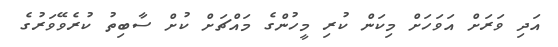
އަދި ވަރަށް އަވަހަށް މިކަން ކުރި މީހުންގެ މައްޗަށް ކުށް ސާބިތު ކުރެވޭވަރުގެ